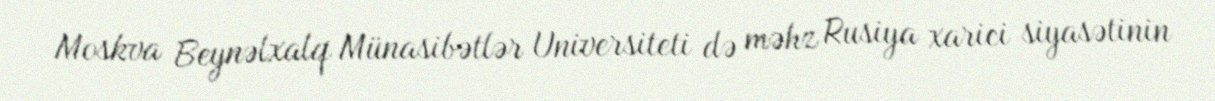
Moskva Beynəlxalq Münasibətlər Universiteti də məhz Rusiya xarici siyasətinin